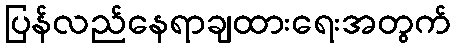
ပြန်လည်နေရာချထားရေးအတွက်